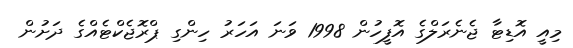
މިއީ އޮޑިޓާ ޖެނެރަލްގެ އޮފީހުން 1998 ވަނަ އަހަރު ހިންގި ޕްރޮޖެކްޓެއްގެ ދަށުން